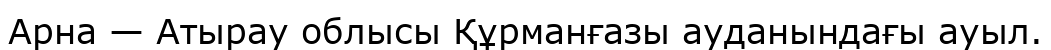
Арна — Атырау облысы Құрманғазы ауданындағы ауыл.